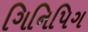
ગિનિપિગ